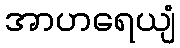
အာဟရေယျံ